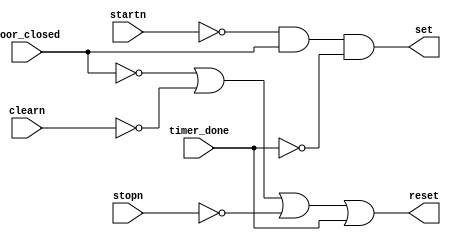
module control_mag(input wire startn, stopn, clearn, door_closed, timer_done,
                output wire set, reset);

  assign set = (~startn) & door_closed & (~timer_done);
  assign reset = (~door_closed) | (~clearn) | (~stopn) | timer_done;

endmodule